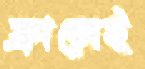
ফ্রান্সেই